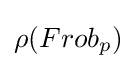
\rho (Frob_{p})